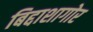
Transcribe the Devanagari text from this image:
बिद्दाशागोर